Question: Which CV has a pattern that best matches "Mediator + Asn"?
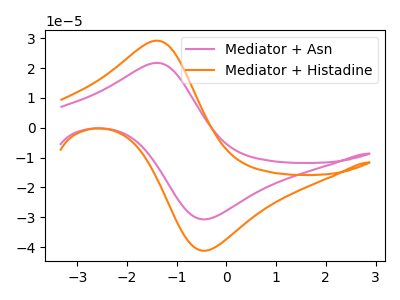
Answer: <think>The pink curve "Mediator + Asn" has an anodic peak at (-1.40V, 21.70uA) and a cathodic peak at (-0.40V, -30.65uA). The orange curve "Mediator + Histadine" has an anodic peak at (-1.40V, 29.15uA) and a cathodic peak at (-0.40V, -41.15uA).
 All the peaks in "Mediator + Asn" have a peak in "Mediator + Histadine" at the same potential. Every peak in "Mediator + Asn" is lower than every peak in "Mediator + Histadine".</think>
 <answer>The CV with the most similar shape to "Mediator + Histadine" is "Mediator + Asn".</answer>
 <eval>"Mediator + Asn"</eval>